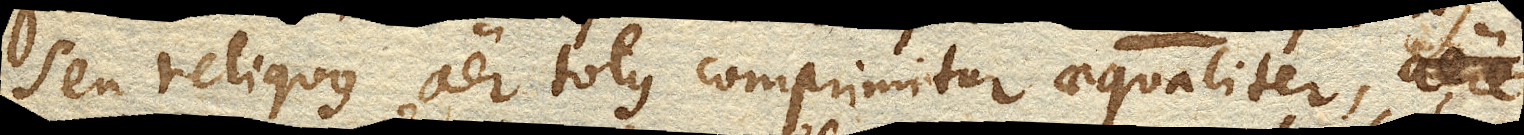
seu reliquus aer totus comprimitur aequaliter,